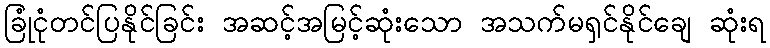
ခြုံငုံတင်ပြနိုင်ခြင်း အဆင့်အမြင့်ဆုံးသော အသက်မရှင်နိုင်ချေ ဆုံးရ